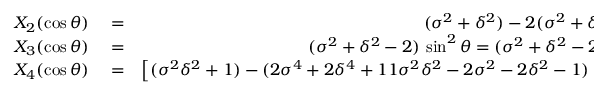
\begin{array} { r l r } { X _ { 2 } ( \cos \theta ) } & { { } = } & { ( \sigma ^ { 2 } + \delta ^ { 2 } ) - 2 ( \sigma ^ { 2 } + \delta ^ { 2 } - 1 ) \, \cos ^ { 2 } \theta , } \\ { X _ { 3 } ( \cos \theta ) } & { { } = } & { ( \sigma ^ { 2 } + \delta ^ { 2 } - 2 ) \, \sin ^ { 2 } \theta = ( \sigma ^ { 2 } + \delta ^ { 2 } - 2 ) ( 1 - \cos ^ { 2 } \theta ) , } \\ { X _ { 4 } ( \cos \theta ) } & { { } = } & { \left[ ( \sigma ^ { 2 } \delta ^ { 2 } + 1 ) - ( 2 \sigma ^ { 4 } + 2 \delta ^ { 4 } + 1 1 \sigma ^ { 2 } \delta ^ { 2 } - 2 \sigma ^ { 2 } - 2 \delta ^ { 2 } - 1 ) \, \cos ^ { 2 } \theta \right] \, \sin ^ { 2 } \theta . } \end{array}